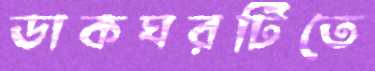
ডাকঘরটিতে